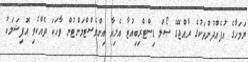
ޔަމަހާގެ އުފެއްދުންތަކުގެ ރާއްޖޭގެ ސޯލް ޑިސްޓްރިބިއުޓާ އެލިއާ އިންވެސްޓްމަންޓުން ވާހަކަ ދެއްކެވި އޮފިޝަލަކު